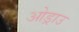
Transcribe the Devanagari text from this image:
ओड्राउ